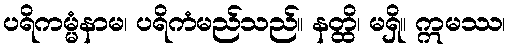
ပရိကမ္မံနာမ၊ ပရိကံမည်သည်။ နတ္ထိ၊ မရှိ။ ဣမဿ၊